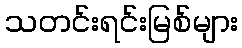
သတင်းရင်းမြစ်များ